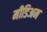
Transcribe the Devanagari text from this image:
मीडिअम